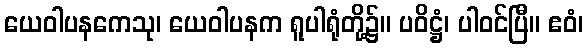
ယေဝါပနကေသု၊ ယေဝါပနက ရူပါရုံတို့၌။ ပဝိဋ္ဌံ၊ ပါဝင်ပြီ။ ဧဝံ၊